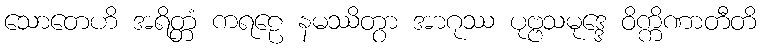
သောတေဟိ အရိတ္တံ ကရဠေ နမဿိတွာ အာဂုဿ ပုဗ္ဗသမုဒ္ဒေ ဝိက္ကိဏာတီတိ